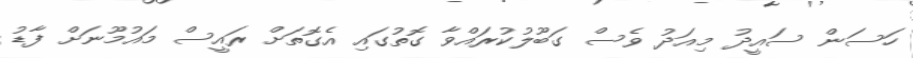
ހަސަން ސައީދު މިއަދު ވެސް ގަބޫލުކުރައްވާ ގޮތުގައި އެގޮތަށް ރައީސް މައުމޫނަށް ފާޑު